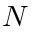
N